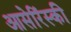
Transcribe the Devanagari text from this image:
आसेरिंस्की